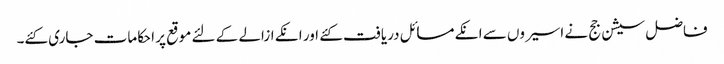
فاضل سیشن جج نے اسیروں سے انکے مسائل دریافت کئے اور انکے ازالے کے لئے موقع پر احکامات جاری کئے۔